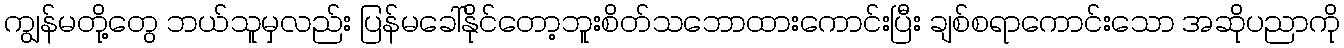
ကျွန်မတို့တွေ ဘယ်သူမှလည်း ပြန်မခေါ်နိုင်တော့ဘူးစိတ်သဘောထားကောင်းပြီး ချစ်စရာကောင်းသော အဆိုပညာကို